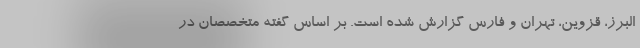
البرز، قزوین، تهران و فارس گزارش شده است. بر اساس گفته متخصصان در